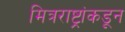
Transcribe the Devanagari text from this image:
मित्रराष्ट्रांकडून